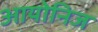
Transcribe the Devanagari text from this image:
आयोनिज